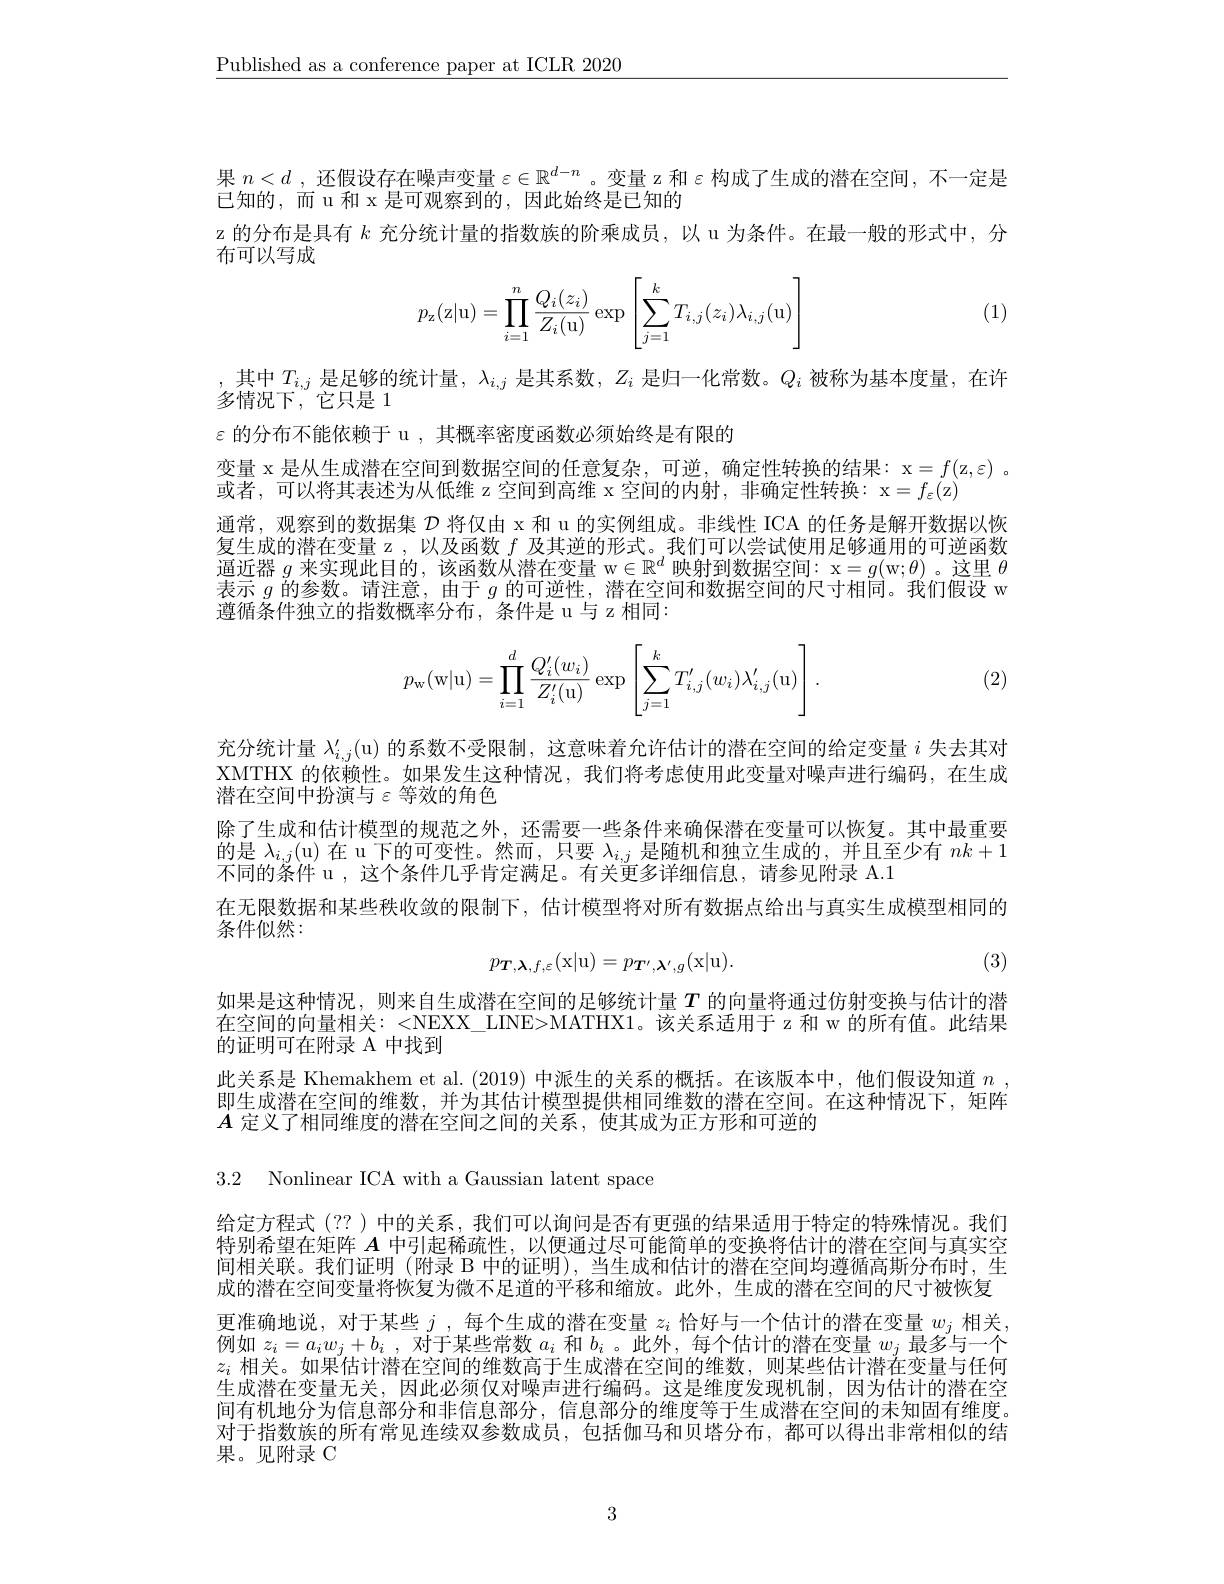
$\underline{\text{Published as a conference paper at ICLR 2020}}$

果$n<d$ ,还假设存在噪声变量$\varepsilon\in\mathbb{R}^d-n$ 。变量 z 和$\varepsilon$构成了生成的潜在空间，不一定是
已知的，而 u 和 x 是可观察到的，因此始终是已知的
z 的分布是具有$k$充分统计量的指数族的阶乘成员，以 u 为条件。在最一般的形式中，分
布可以写成
$$p_\mathrm{z}(\mathrm{z}|\mathrm{u})=\prod_{i=1}^n\frac{Q_i(z_i)}{Z_i(\mathrm{u})}\exp\left[\sum_{j=1}^kT_{i,j}(z_i)\lambda_{i,j}(\mathrm{u})\right]$$
(1)

变量 x 是从生成潜在空间到数据空间的任意复杂，可逆，确定性转换的结果：x=f(z,ε) 。
或者，可以将其表述为从低维 z 空间到高维 x 空间的内射，非确定性转换：x=$f_\varepsilon ($z)

$\begin{array}{c}{,\text{其中 }T_{i,j}\text{ 是足够的统计量，}\lambda_{i,j}\text{ 是其系数 },Z_{i}\text{ 是归一化常数。}Q_{i}\text{ 被称为基本度量，在许}}\\{\text{多情况下，它只是 }1}\end{array}$
$\varepsilon$的分布不能依赖于 u , 其概率密度函数必须始终是有限的
通常，观察到的数据集$\mathcal{D}$将仅由 x 和 u 的实例组成。非线性 ICA 的任务是解开数据以恢复生成的潜在变量 z , 以及函数$f$及其逆的形式。我们可以尝试使用足够通用的可逆函数$\begin{array}{l}\text{逼近器 }g\text{ 来实现此目的，该函数从潜在变量 w}\in\mathbb{R}^d\text{ 映射到数据空间：x}=g(\mathrm{w};\theta)\text{。这里 }\theta\\\text{表示 }g\text{ 的参数。请注意，由于 }g\text{ 的可逆性，潜在空间和数据空间的尺寸相同。我们假设 w}\end{array}$ 遵循条件独立的指数概率分布，条件是 u 与 z 相同：
$$p_\mathrm{w}(\mathrm{w}|\mathrm{u})=\prod\limits_{i=1}^d\frac{Q_i'(w_i)}{Z_i'(\mathrm{u})}\exp\left[\sum\limits_{j=1}^kT_{i,j}'(w_i)\lambda_{i,j}'(\mathrm{u})\right].$$
(2)

充分统计量$\lambda_{i,j}^{\prime}($u)的系数不受限制，这意味着允许估计的潜在空间的给定变量$i$失去其对XMTHX 的依赖性。如果发生这种情况，我们将考虑使用此变量对噪声进行编码，在生成潜在空间中扮演与$\varepsilon$等效的角色
除了生成和估计模型的规范之外，还需要一些条件来确保潜在变量可以恢复。其中最重要的是$\lambda_{i,j}($u)在 u 下的可变性。然而，只要$\lambda_i,j$是随机和独立生成的，并且至少有$nk+1$ 不同的条件 u , 这个条件几乎肯定满足。有关更多详细信息，请参见附录 A.1
在无限数据和某些秩收敛的限制下，估计模型将对所有数据点给出与真实生成模型相同的
条件似然：
$$p_{\boldsymbol{T},\boldsymbol{\lambda},f,\varepsilon}(\mathrm{x}|\mathrm{u})=p_{\boldsymbol{T}^{\prime},\boldsymbol{\lambda}^{\prime},g}(\mathrm{x}|\mathrm{u}).$$
(3)

如果是这种情况，则来自生成潜在空间的足够统计量$T$ 的向量将通过仿射变换与估计的潜在空间的向量相关：<NEXX\_LINE>MATHX1。该关系适用于 z 和 w 的所有值。此结果的证明可在附录 A 中找到
此关系是 Khemakhem et al. (2019)中派生的关系的概括。在该版本中，他们假设知道$n$ . 即生成潜在空间的维数，并为其估计模型提供相同维数的潜在空间。在这种情况下，矩阵$A$定义了相同维度的潜在空间之间的关系，使其成为正方形和可逆的

3.2 Nonlinear ICA with a Gaussian latent space

给定方程式 (?? ) 中的关系，我们可以询问是否有更强的结果适用于特定的特殊情况。我们特别希望在矩阵$A$中引起稀疏性，以便通过尽可能简单的变换将估计的潜在空间与真实空间相关联。我们证明 (附录 B 中的证明), 当生成和估计的潜在空间均遵循高斯分布时，生成的潜在空间变量将恢复为微不足道的平移和缩放。此外，生成的潜在空间的尺寸被恢复更准确地说，对于某些$j$ ,每个生成的潜在变量$z_i$恰好与一个估计的潜在变量$w_j$相关例如$z_i= a_iw_j+ b_i$ , 对于某些常数$a_i$和$b_i$ 。此外，每个估计的潜在变量$w_j$最多与一个$z_i$相关。如果估计潜在空间的维数高于生成潜在空间的维数，则某些估计潜在变量与任何生成潜在变量无关，因此必须仅对噪声进行编码。这是维度发现机制，因为估计的潜在空间有机地分为信息部分和非信息部分，信息部分的维度等于生成潜在空间的未知固有维度。对于指数族的所有常见连续双参数成员，包括伽马和贝塔分布，都可以得出非常相似的结果。见附录 C

3